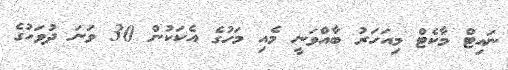
ނައިޓް މާކެޓް މިއަހަރު ބާއްވަނީ މެއި މަހުގެ އެކަކުން 30 ވަނަ ދުވަހުގެ